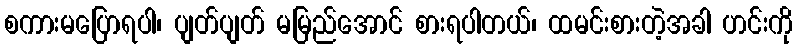
စကားမပြောရပါ၊ ပျတ်ပျတ် မမြည်အောင် စားရပါတယ်၊ ထမင်းစားတဲ့အခါ ဟင်းကို